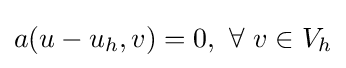
a(u-u_{h},v)=0,\ \forall \ v\in V_{h}